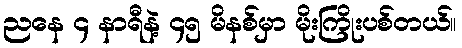
ညနေ ၄ နာရီနဲ့ ၄၅ မိနစ်မှာ မိုးကြိုးပစ်တယ်။